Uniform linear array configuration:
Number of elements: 16
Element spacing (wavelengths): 1
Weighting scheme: hamming
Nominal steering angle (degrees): -60
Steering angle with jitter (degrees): -59.895
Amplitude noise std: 0.05
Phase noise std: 0.05

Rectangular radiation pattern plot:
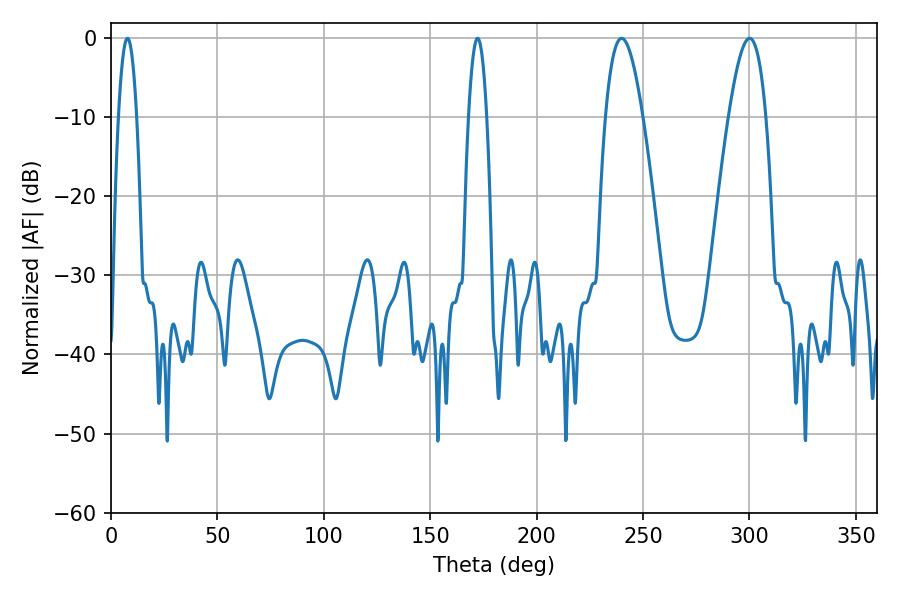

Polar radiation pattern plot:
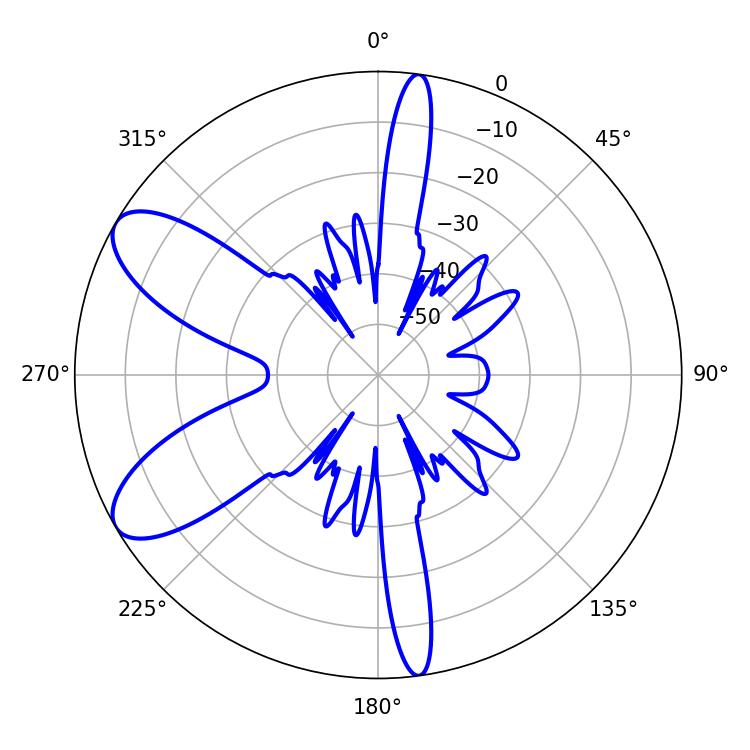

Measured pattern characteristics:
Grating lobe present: TRUE
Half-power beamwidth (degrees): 4.68
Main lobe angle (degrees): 7.74